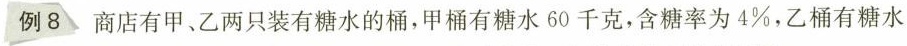
例8 商店有甲、乙两只装有糖水的桶,甲桶有糖水60-千克，含糖率为4\%乙桶有糖水